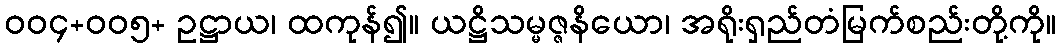
၀၀၄+၀၀၅+ ဥဋ္ဌာယ၊ ထကုန်၍။ ယဋ္ဌိသမ္မဇ္ဇနိယော၊ အရိုးရှည်တံမြက်စည်းတို့ကို။